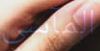
المآسي